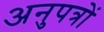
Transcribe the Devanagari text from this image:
अनुपत्रों